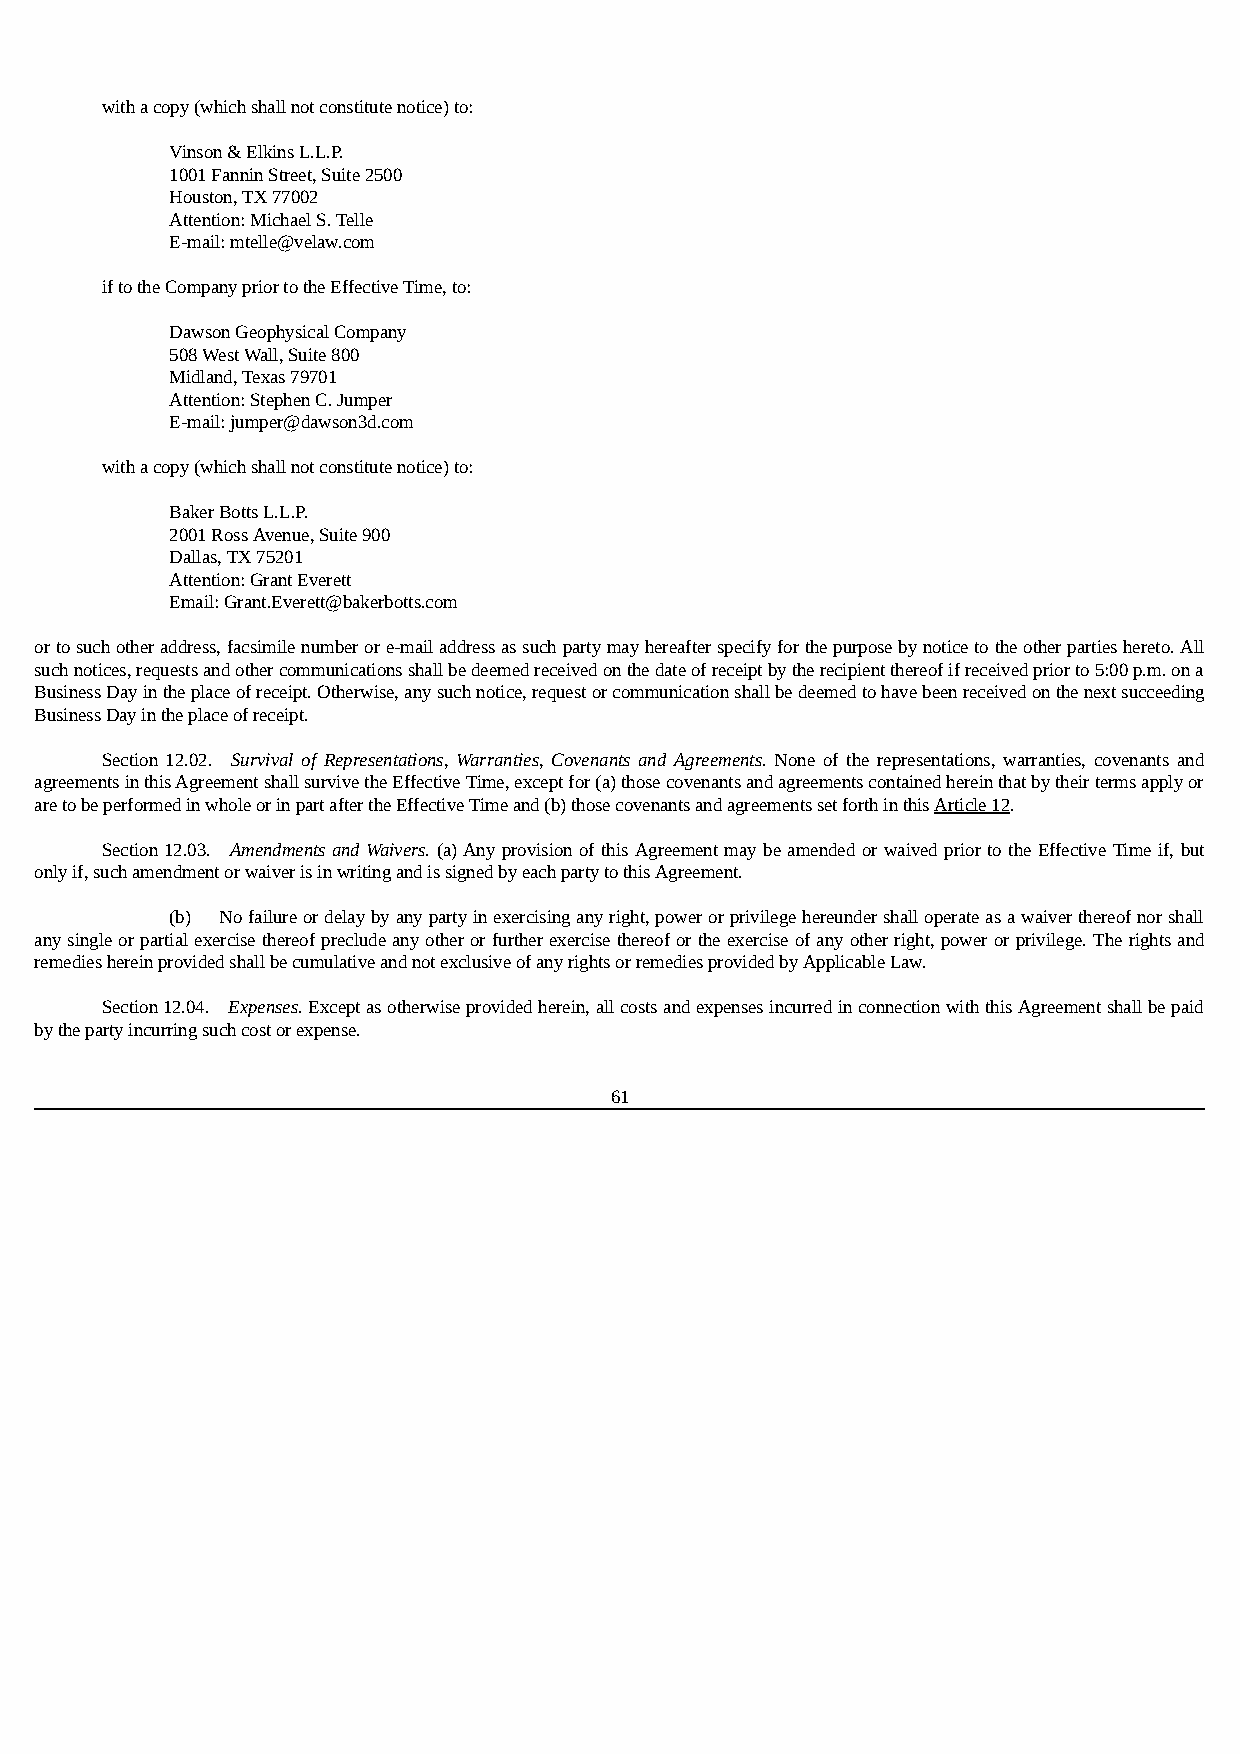
with a copy (which shall not constitute notice) to:
 Vinson & Elkins L.L.P.
 1001 Fannin Street, Suite 2500
 Houston, TX 77002
 Attention: Michael S. Telle
 E-mail: mtelle@velaw.com
 if to the Company prior to the Effective Time, to:
 Dawson Geophysical Company
 508 West Wall, Suite 800
 Midland, Texas 79701
 Attention: Stephen C. Jumper
 E-mail: jumper@dawson3d.com
 with a copy (which shall not constitute notice) to:
 Baker Botts L.L.P.
 2001 Ross Avenue, Suite 900
 Dallas, TX 75201
 Attention: Grant Everett
 Email: Grant.Everett@bakerbotts.com
 or to such other address, facsimile number or e-mail address as such party may hereafter specify for the purpose by notice to the other parties hereto. All
 such notices, requests and other communications shall be deemed received on the date of receipt by the recipient thereof if received prior to 5:00 p.m. on a
 Business Day in the place of receipt. Otherwise, any such notice, request or communication shall be deemed to have been received on the next succeeding
 Business Day in the place of receipt.
 Section 12.02. Survival of Representations, Warranties, Covenants and Agreements. None of the representations, warranties, covenants and
 agreements in this Agreement shall survive the Effective Time, except for (a) those covenants and agreements contained herein that by their terms apply or
 are to be performed in whole or in part after the Effective Time and (b) those covenants and agreements set forth in this Article 12.
 Section 12.03. Amendments and Waivers. (a) Any provision of this Agreement may be amended or waived prior to the Effective Time if, but
 only if, such amendment or waiver is in writing and is signed by each party to this Agreement.
 (b) No failure or delay by any party in exercising any right, power or privilege hereunder shall operate as a waiver thereof nor shall
 any single or partial exercise thereof preclude any other or further exercise thereof or the exercise of any other right, power or privilege. The rights and
 remedies herein provided shall be cumulative and not exclusive of any rights or remedies provided by Applicable Law.
 Section 12.04. Expenses. Except as otherwise provided herein, all costs and expenses incurred in connection with this Agreement shall be paid
 by the party incurring such cost or expense.
 61